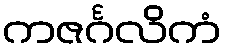
ကဇင်္ဂလိကံ